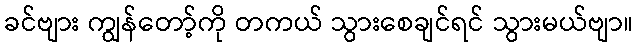
ခင်ဗျား ကျွန်တော့်ကို တကယ် သွားစေချင်ရင် သွားမယ်ဗျာ။